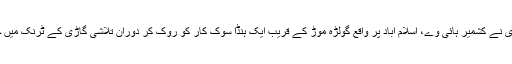
چھٹی کاروائی کے دوران اے این ایف راولپنڈی نے کشمیر ہائی وے، اسلام آباد پر واقع گولڑہ موڑ کے قریب ایک ہنڈا سوک کار کو روک کر دوران تلاشی گاڑی کے ٹرنک میں چھپائی گئی 18 کلو گرام ہیروئن برآمد کر لی۔